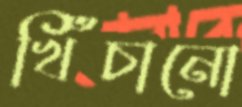
খিঁচানো